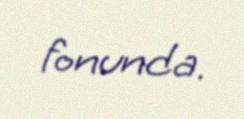
fonunda.